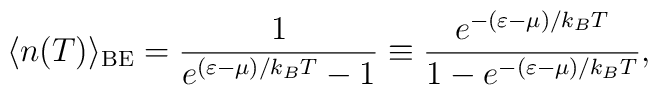
\langle n(T) \rangle_{\rm{BE}} =       \frac{1}{e^{(\varepsilon -\mu) /k_BT}-1} \equiv       \frac{e^{- (\varepsilon -\mu) /k_BT}}{1 - e^{-(\varepsilon -\mu) /k_BT}},